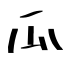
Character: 瓜